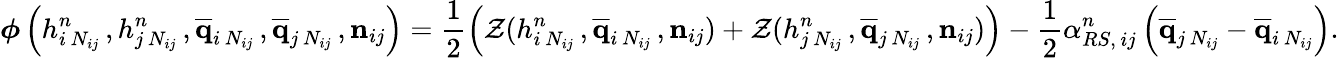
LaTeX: \boldsymbol{\phi}\left(h_{i\, N_{ij}}^{n}\, ,h_{j\, N_{ij}}^{n}\, ,\overline{{\mathbf{q}}}_{i\, N_{ij}}\, ,\overline{{\mathbf{q}}}_{j\, N_{ij}}\, ,{\mathbf{n}}_{ij}\right)=\displaystyle\frac{1}{2}\left({\cal Z}(h_{i\, N_{ij}}^{n}\, ,\overline{{\mathbf{q}}}_{i\, N_{ij}}\, ,\mathbf{n}_{ij})+{\cal Z}(h_{j\, N_{ij}}^{n}\, ,\overline{{\mathbf{q}}}_{j\, N_{ij}}\, ,\mathbf{n}_{ij})\right)-\frac{1}{2}\alpha_{RS,\, ij}^{n}\left(\overline{{\mathbf{q}}}_{j\, N_{ij}}-\overline{{\mathbf{q}}}_{i\, N_{ij}}\right).